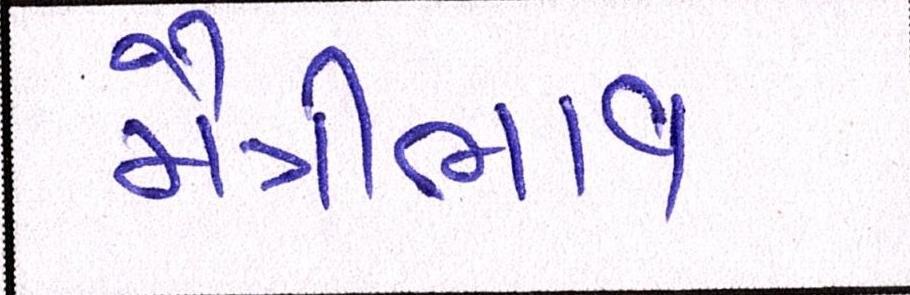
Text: મૈત્રીભાવ